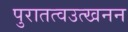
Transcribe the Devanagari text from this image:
पुरातत्वउत्खनन